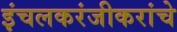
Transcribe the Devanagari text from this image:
इंचलकरंजीकरांचे